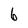
Character: 6